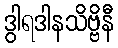
ဒွါရဒါနသိဗ္ဗိနီ